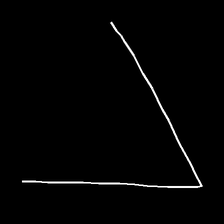
Glyph: region